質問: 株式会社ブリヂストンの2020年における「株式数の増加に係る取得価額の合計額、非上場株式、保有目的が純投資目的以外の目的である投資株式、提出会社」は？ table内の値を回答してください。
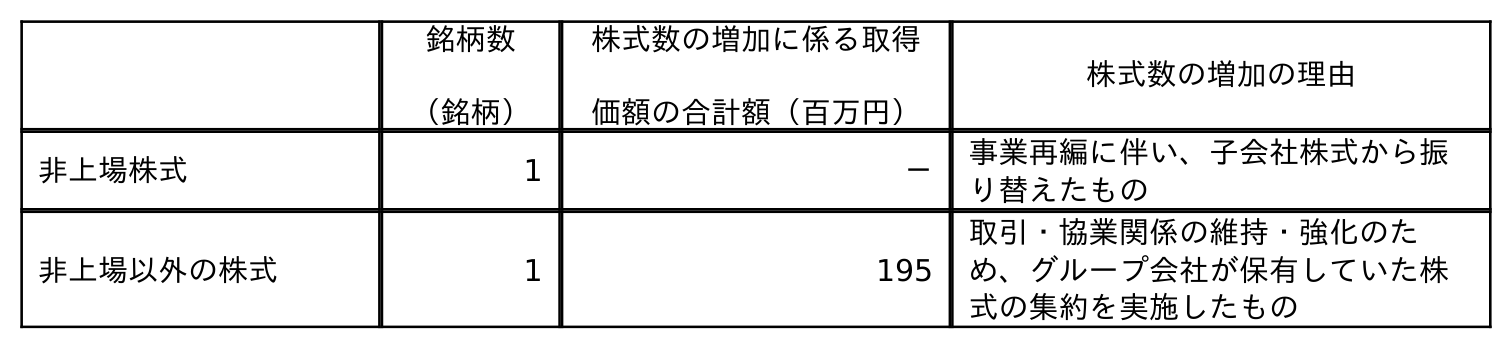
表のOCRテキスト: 銘柄数 （銘柄） 株式数の増加に係る取得 価額の合計額（百万円） 株式数の増加の理由 非上場株式 1 － 事業再編に伴い、子会社株式から振 り替えたもの 非上場以外の株式 1 195 取引・協業関係の維持・強化のた め、グループ会社が保有していた株 式の集約を実施したもの
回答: －